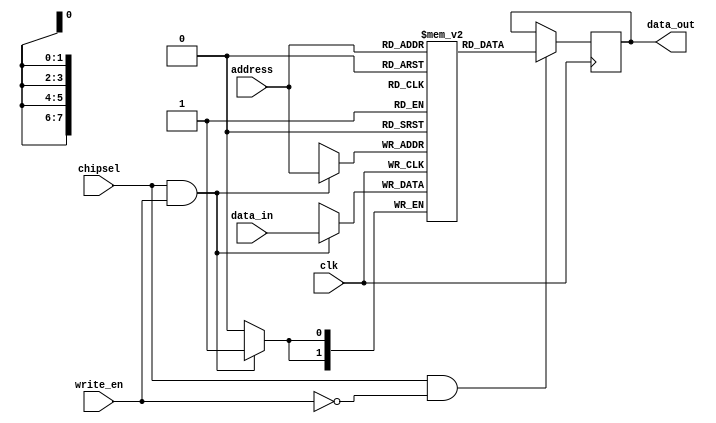
`timescale 1ns / 1ps
//////////////////////////////////////////////////////////////////////////////////
// Company: 
// Engineer: 
// 
// Design Name: 
// Module Name: ramParam
// Project Name: 
// Target Devices: 
// Tool Versions: 
// Description: 
// 
// Dependencies: 
// 
// Revision:
// Revision 0.01 - File Created
// Additional Comments:
// 
//////////////////////////////////////////////////////////////////////////////////


module ramParam #(
parameter ADDR_WIDTH=8,
parameter DATA_WIDTH=2
)(
input wire clk, //system clock signal
input wire chipsel, //memory enable signal
input wire write_en, //write enable signal
input wire [ADDR_WIDTH-1:0] address, //memory cell address
input wire [DATA_WIDTH-1:0] data_in, //data to be written
output reg [DATA_WIDTH-1:0] data_out //data to be written
);  

//-------------- Local Parameters---------------- 
parameter DEPTH=(2**ADDR_WIDTH);

//--------------MEM ---------------- 
reg [DATA_WIDTH-1:0] mem [0:DEPTH-1];

/*
//--------------Init RAM---------------- 
initial
begin 
$display("Loading Mem");
$readmemh("rams_init_file.mem",mem); 
end 
*/
    
// Memory Write Block 
// Write Operation allowed if chipsel and write_en are both high
always @ (posedge clk)
   if (chipsel==1'b1 && write_en==1'b1) 
    mem[address] <= data_in;

// Memory Read Block
// Read Operation allowed if chipsel is high and write_en is low 
always @ (posedge clk) 
  if (chipsel==1'b1 && write_en==1'b0)
    data_out <= mem[address];
   
endmodule